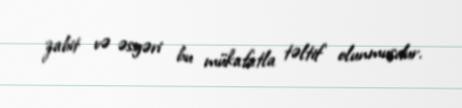
zabit və əsgəri bu mükafatla təltif olunmuşdur.